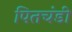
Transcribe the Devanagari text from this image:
पितचंडी